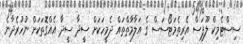
ސިސްޓެމިކް ލޫޕަސް އެރިތެމަޓޯސަސް ގެ އަލާމާތްތައް ދެމީހަކަށް ސީދާ ސީދާ އެއްގޮތަކަށް ނުހުރެދާނެ